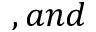
, a n d